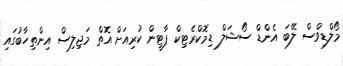
މޯލްޑިވްސް ލޭބަ އެންޑް ސޯޝަލް ޑިމޮކްރެޓިކް ޕާޓީން ކުރިއަށް އޮތް މަޖިލިސް އިންތިހާބުގައި